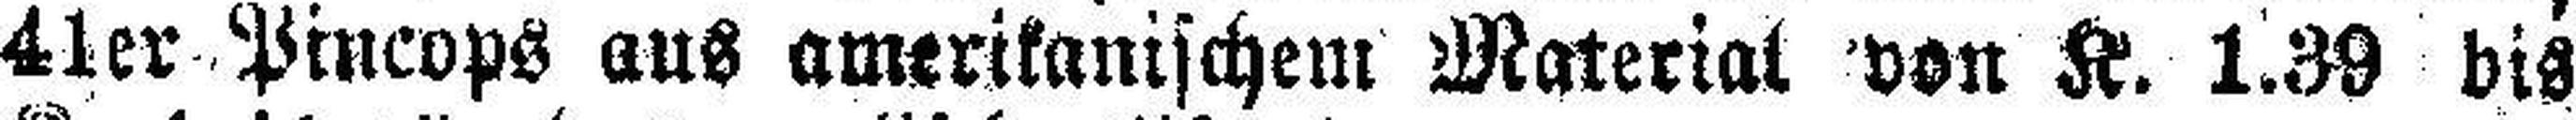
41er Pincops aus amerikanischem Material von K. 1.39 bis